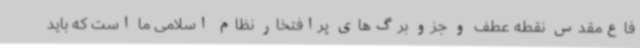
فاع‌مقدس نقطه عطف و جزو برگ‌های پرافتخار نظام اسلامی ما است که باید